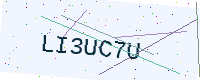
Text: LI3UC7U